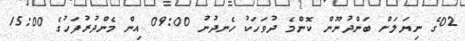
02ގެ ނިޔަލަށް ބަންދުނޫން ކޮންމެ ދުވަހަކު ހެނދުނު 09:00 އިން މެންދުރުފަހުގެ 15:00